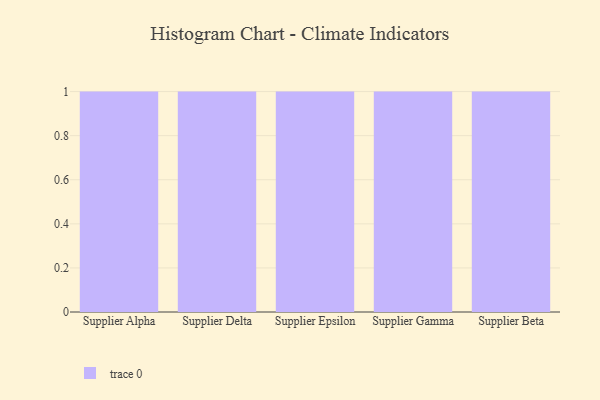
{"axis": {"x": "Supplier", "y": "Net Income (USD K)"}, "legend": [""], "data": [{"x": "Supplier Alpha", "y": 81, "type": ""}, {"x": "Supplier Delta", "y": 92, "type": ""}, {"x": "Supplier Epsilon", "y": 34, "type": ""}, {"x": "Supplier Gamma", "y": 36, "type": ""}, {"x": "Supplier Beta", "y": 61, "type": ""}]}